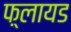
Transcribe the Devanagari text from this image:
फ़्लायड